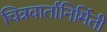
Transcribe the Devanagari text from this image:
चित्रवार्तानिर्मिती